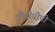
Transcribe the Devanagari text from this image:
पीवीपीपी